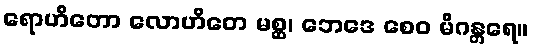
ရောဟိတော လောဟိတေ မစ္ဆ၊ ဘေဒေ စေဝ မိဂန္တရေ။